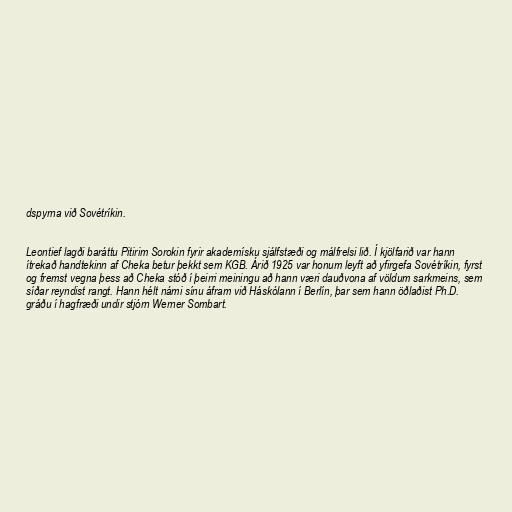
dspyrna við Sovétríkin.

Leontief lagði baráttu Pitirim Sorokin fyrir akademísku sjálfstæði og málfrelsi lið. Í kjölfarið var hann
ítrekað handtekinn af Cheka betur þekkt sem KGB. Árið 1925 var honum leyft að yfirgefa Sovétríkin, fyrst
og fremst vegna þess að Cheka stóð í þeirri meiningu að hann væri dauðvona af völdum sarkmeins, sem
síðar reyndist rangt. Hann hélt námi sínu áfram við Háskólann í Berlín, þar sem hann öðlaðist Ph.D.
gráðu í hagfræði undir stjórn Werner Sombart.